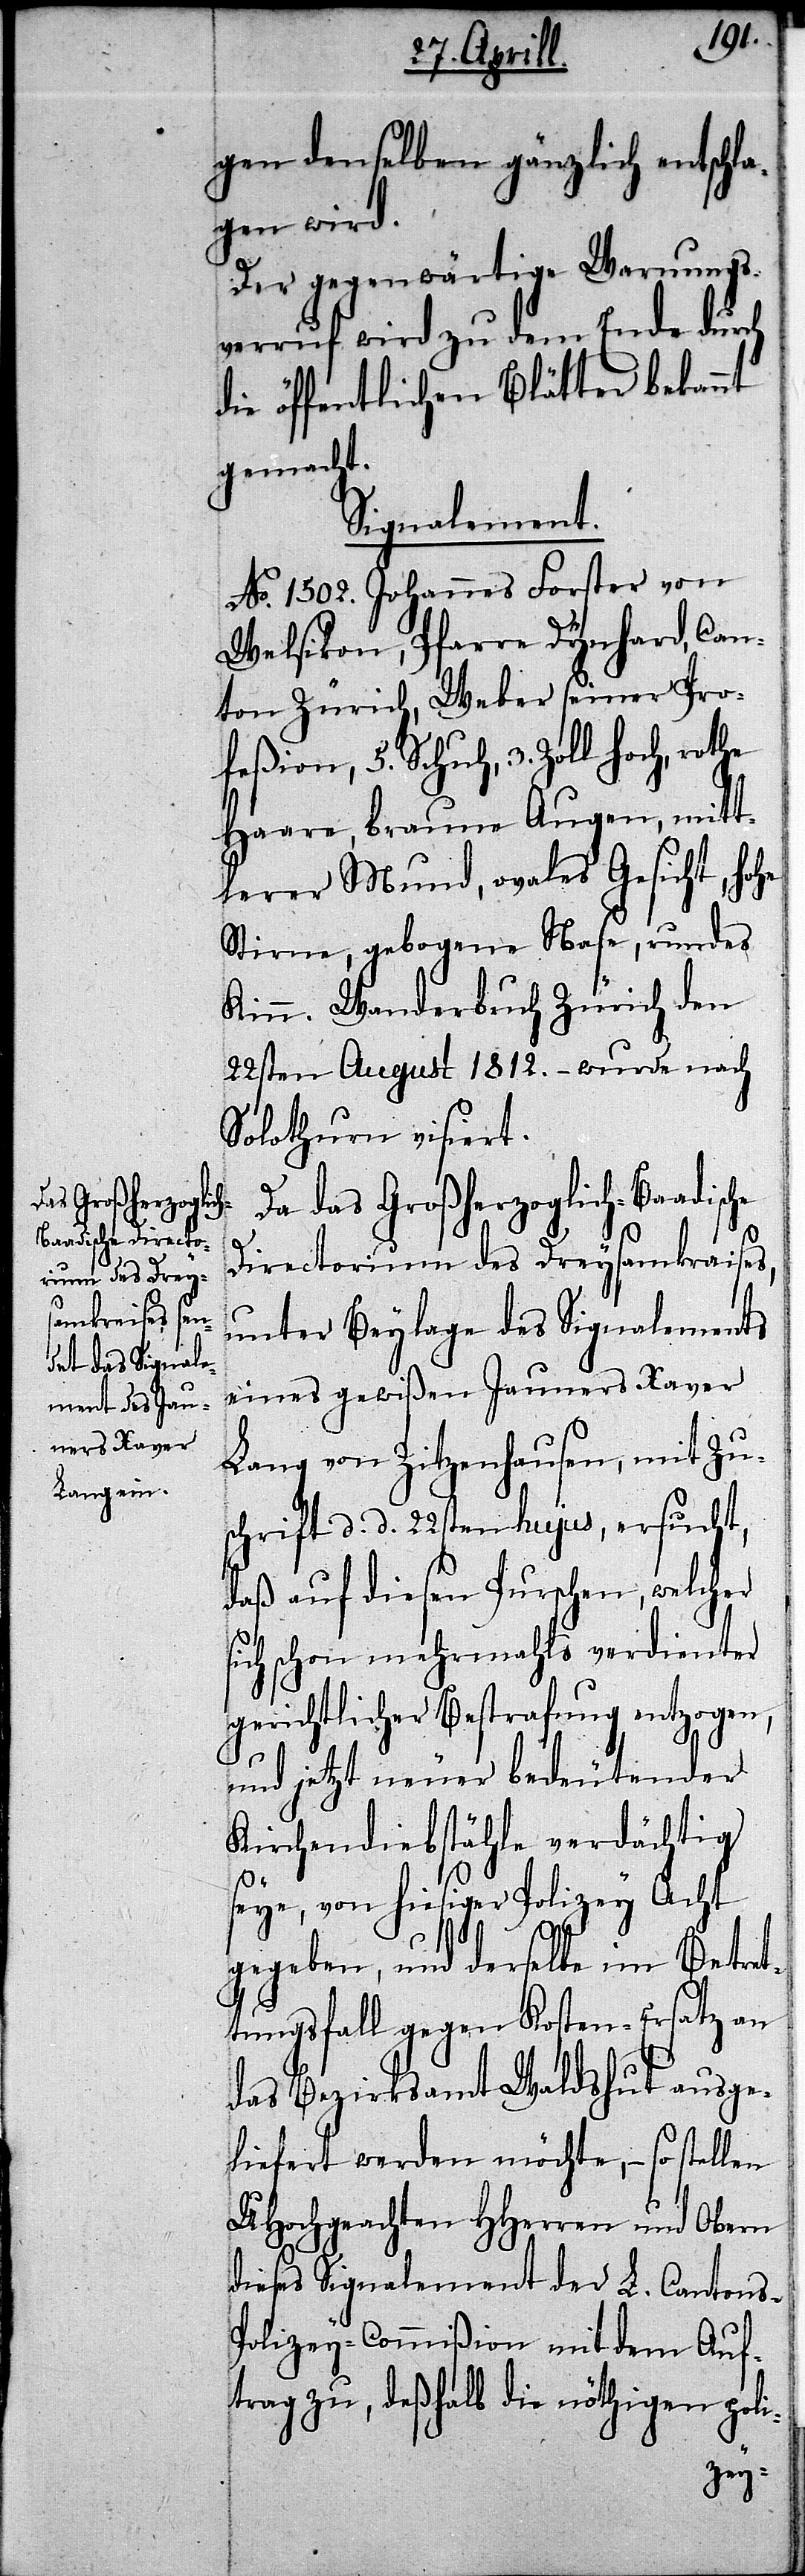
gen denselben gänzlich entschla¬
gen wird.
Der gegenwärtige Warnungs¬
verruf wird zu dem Ende durch
die öffentlichen Blätter bekannt
gemacht.
Signalement.
No. 1502. Johannes Forster
Welsikon, Pfarre Dynhard, Can¬
ton Zürich, Weber seiner Pro¬
feßion, 5. Schuh, 3. Zoll hoch, rothe
Haare, braune Augen, mitt¬
lerer Mund, ovales Gesicht, hohe
Stirne, gebogene Nase, rundes
Kinn. Wanderbuch Zürich den
22sten August 1812. – wurde nach
Solothurn visiert.
Da das Großherzoglich-Baadisc¬
Directorium des Dreysamkraises
unter Beylage des Signalements
eines gewißen Jauners Xaver
Lang von Ziztenhausen, mit Zu¬
schrift d. d. 22sten hujus, ersucht,
daß auf diesen Purschen, welcher
ich schon mehrmahls verdienter
gerichtlicher Bestrafung entzogen,
und jetzt neuer bedeutender
Kirchendiebstähle verdächtig
s¬
seye, von hiesiger Polizey Acht
gegeben, und derselbe im Betret¬
tungsfall gegen Kosten-Ersatz au¬
liefert werden möchte, – so stellen
UHochgeachten HHerren und Obern
dieses Signalement der L. Cantons-P¬
olizey-Commißion mit dem Auf¬
trag zu, deßhalb die nöthigen poli-
sge¬